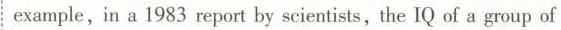
example,in a 1983 report by scientists,the lQ of a group of